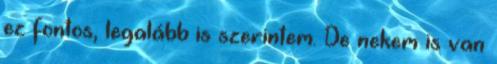
ez fontos, legalább is szerintem. De nekem is van